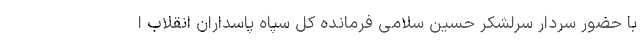
با حضور سردار سرلشکر حسین سلامی فرمانده کل سپاه پاسداران انقلاب ا